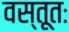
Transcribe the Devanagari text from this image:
वस्तूतः